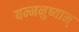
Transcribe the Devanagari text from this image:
यन्मनुष्यान्